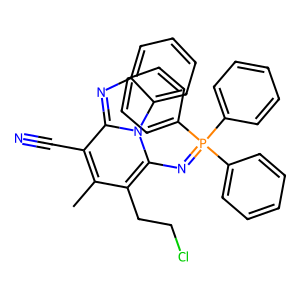
SMILES: Cc1c(CCCl)c(N=P(c2ccccc2)(c2ccccc2)c2ccccc2)n2c(nc3ccccc32)c1C#N
Inhibits HIV replication: No